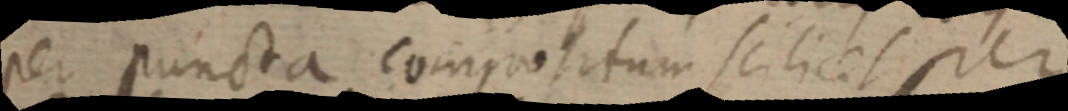
per puncta compositum scilicet per